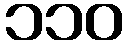
၁၁၀